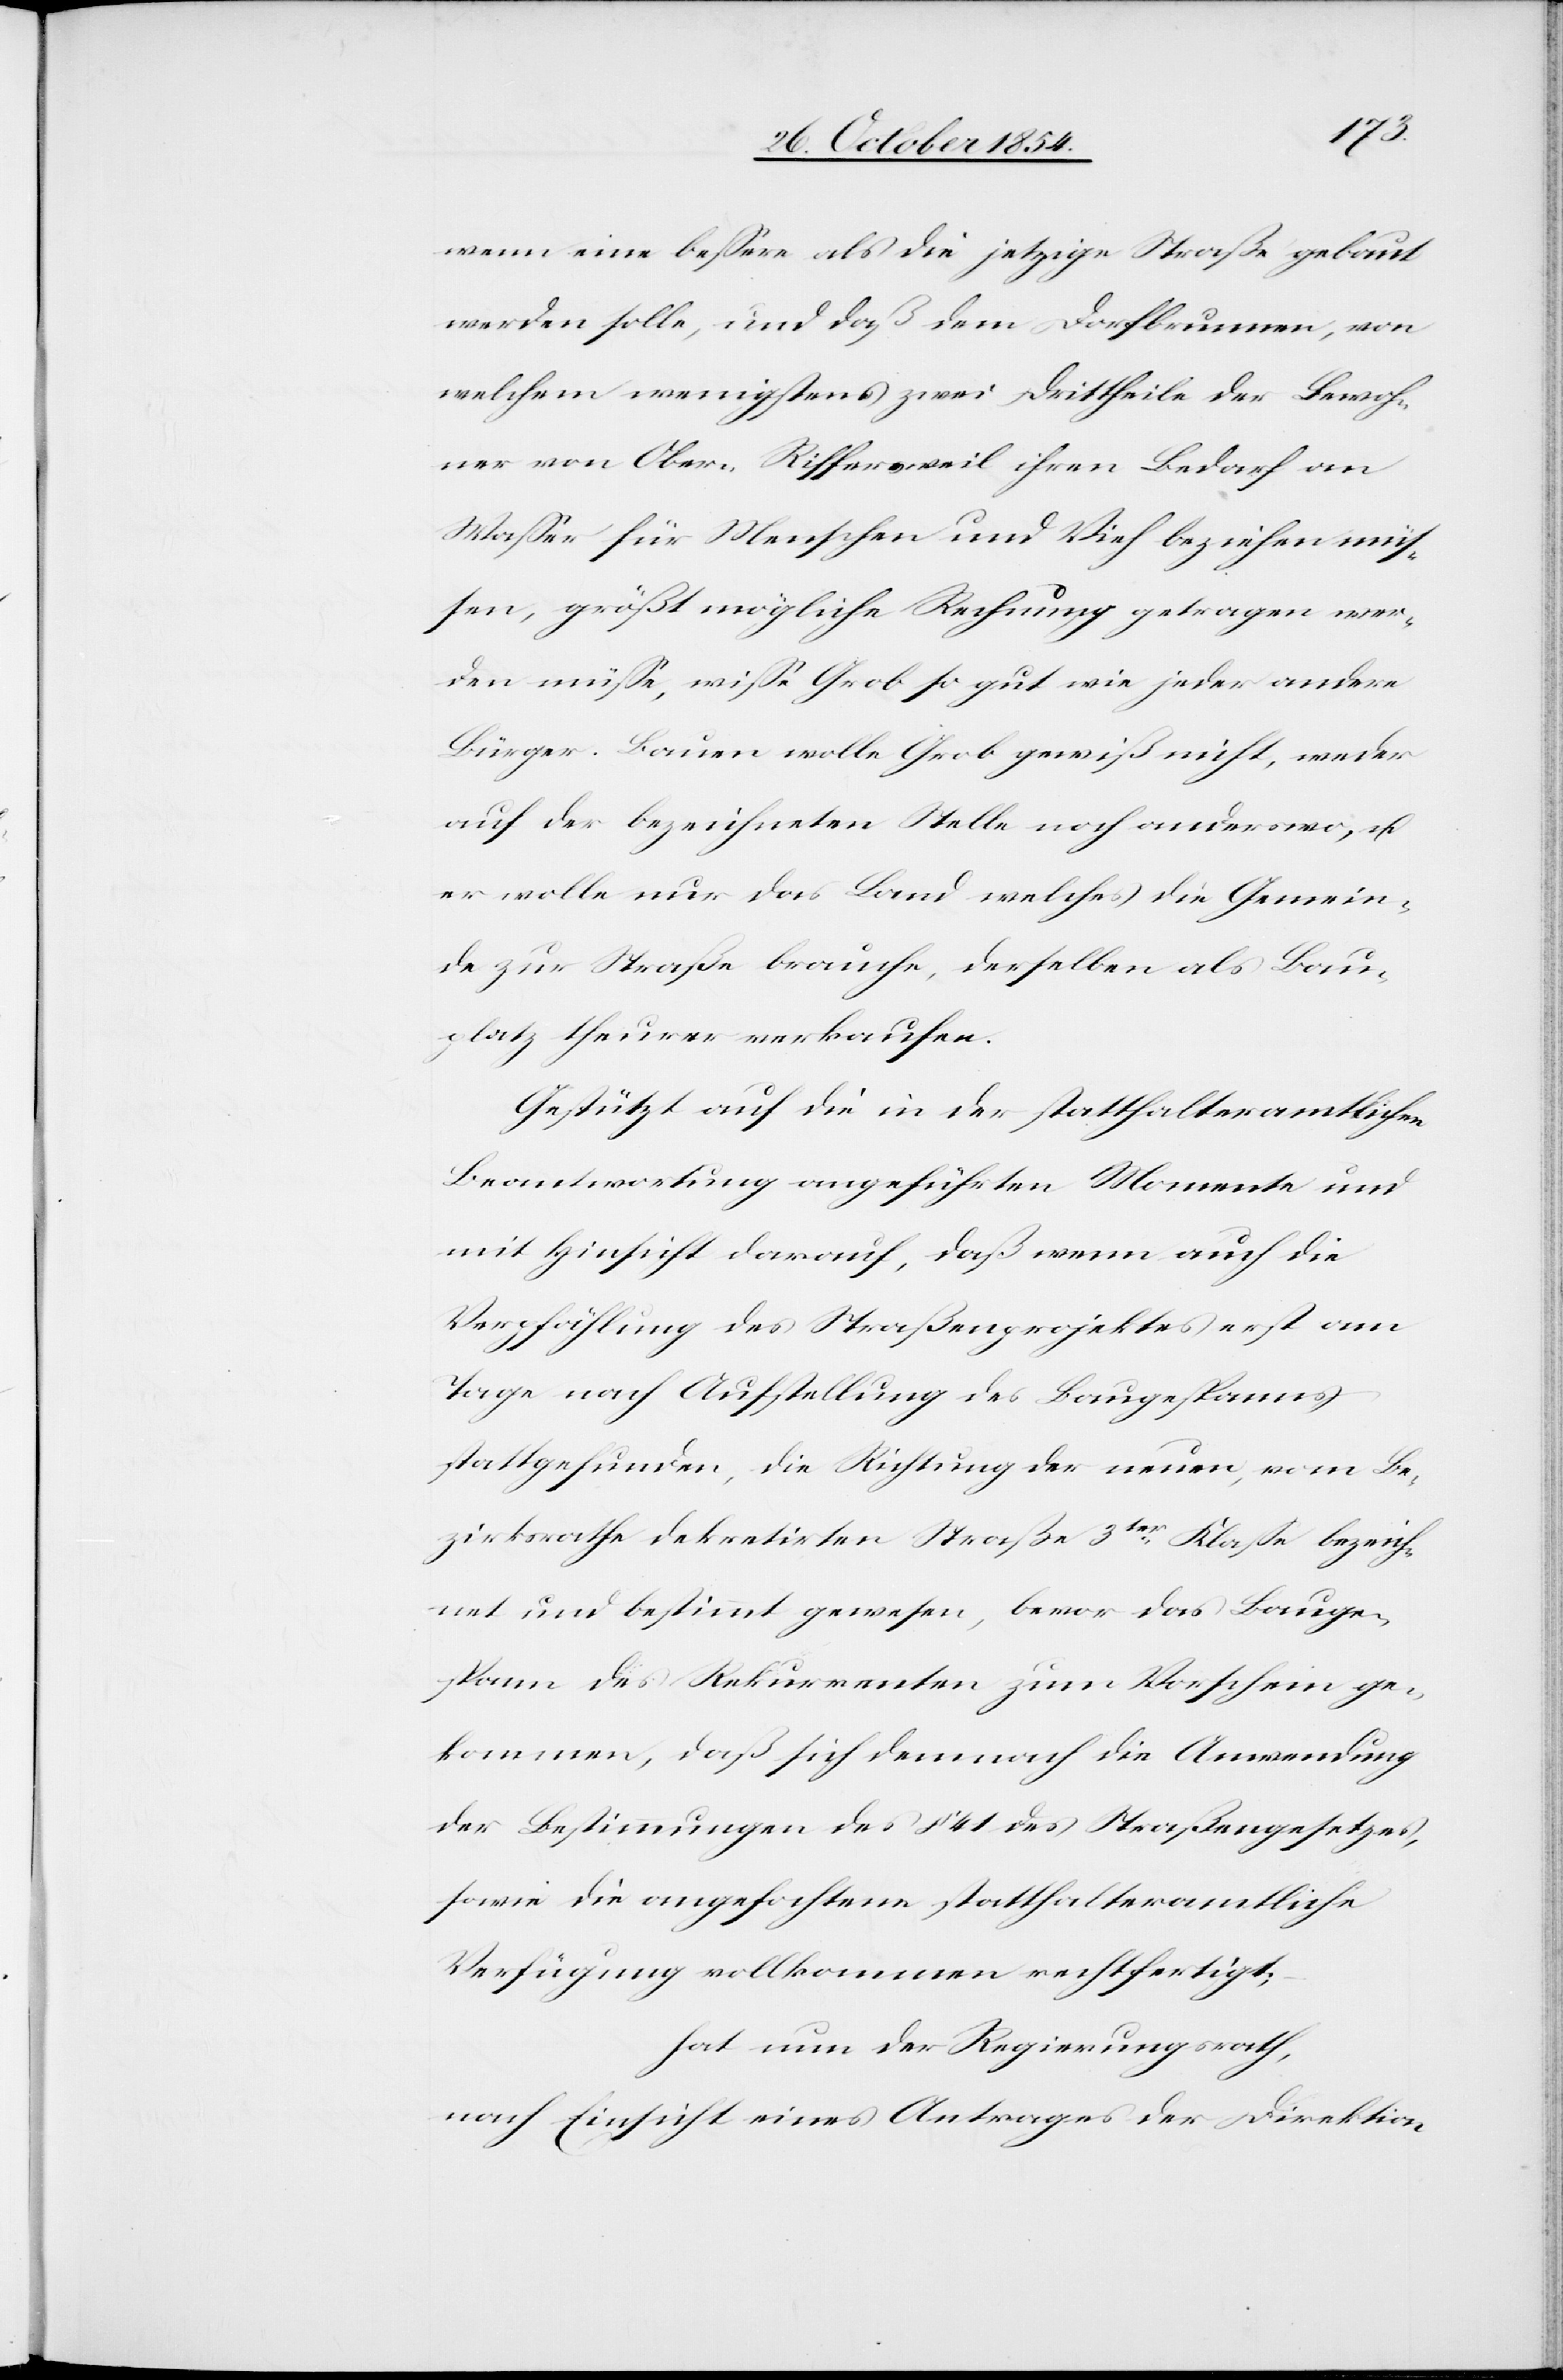
wenn eine beßer als die jetzige Straße gebaut
werden solle, und daß dem Dorfbrunnen, von
welchem wenigstens zwei Drittheile der Bewoh¬
ner von Ober-Riffersweil ihren Bedarf an
Waßer für Menschen und Vieh beziehen müs¬
sen, größt mögliche Rechnung getragen wer¬
den müße, wiße Grob so gut wie jeder andere
Bürger. Bauen wolle Grob gewiß nicht, weder
auf der bezeichneten Stelle noch anderswo, u.
er wolle nur das Land welches die Gemein¬
de zur Straße brauche, derselben als Bau¬
platz theurer verkaufen.
Gestützt auf die in der statthalteramtlichen
Beantwortung angeführten Momente und
mit Hinsicht darauf, daß wenn auch die
Verpfählung des Straßenprojektes erst am
Tage nach Aufstellung des Baugespannes
stattgefunden, die Richtung der neuen, vom Be¬
zirksrathe dekretirten Straße 3ter Klaße bezeich¬
net und bestimmt gewesen, bevor das Bauge¬
spann des Rekurrenten zum Vorschein ge¬
kommen, daß sich demnach die Anwendung
der Bestimmungen des § 41 des Straßengesetzes,
sowie die angefochtene statthalteramtliche
Verfügung vollkommen rechtfertigt;
hat nun der Regierungsrath,
nach Einsicht eines Antrages der Direktion